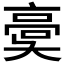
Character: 𩫀